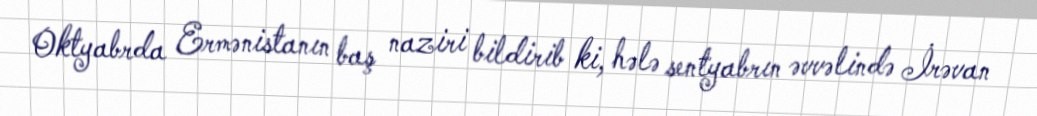
Oktyabrda Ermənistanın baş naziri bildirib ki, hələ sentyabrın əvvəlində İrəvan